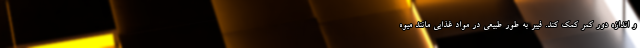
و اندازه دور کمر کمک کند. فیبر به طور طبیعی در مواد غذایی مانند میوه